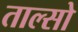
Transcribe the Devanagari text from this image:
ताल्सो